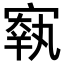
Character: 𡪐